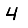
Digit: 4